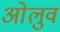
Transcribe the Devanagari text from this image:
ओलुव